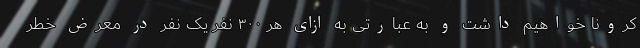
کرونا خواهیم داشت و به عبارتی به ازای هر ۳۰۰ نفر یک نفر در معرض خطر